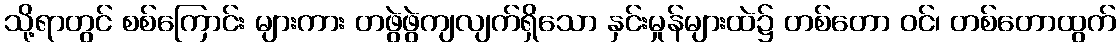
သို့ရာတွင် စစ်ကြောင်း များကား တဖွဲဖွဲကျလျက်ရှိသော နှင်းမှုန်များထဲ၌ တစ်တော ဝင်၊ တစ်တောထွက်